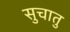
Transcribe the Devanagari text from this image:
सुचातु